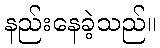
နည်းနေခဲ့သည်။